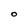
Character: O